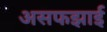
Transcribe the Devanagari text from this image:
असफझाई